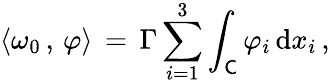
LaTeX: \langle\omega_{0}\, ,\, \varphi\rangle\, =\, \Gamma\sum_{i=1}^{3}\int_{\mathsf C}\varphi_{i}\, \mathrm{d}x_{i}\, ,